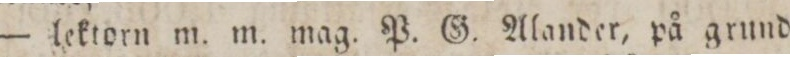
— lektorn m. m. mag. P. G. Alander, på grund